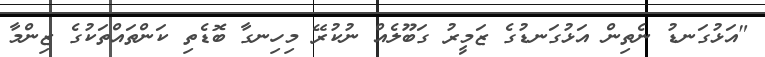
"އަޅުގަނޑު ނެތިން އަޅުގަނޑުގެ ޒަމީރު ގަބޫލެއް ނުކުރޭ މިހިނގާ ބޮޑެތި ކަންތައްތަކުގެ ޒިންމާ